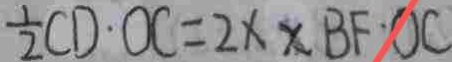
\frac { 1 } { 2 } C D \cdot O C = 2 \times X B F \cdot O C